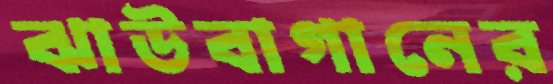
ঝাউবাগানের